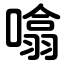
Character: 噏